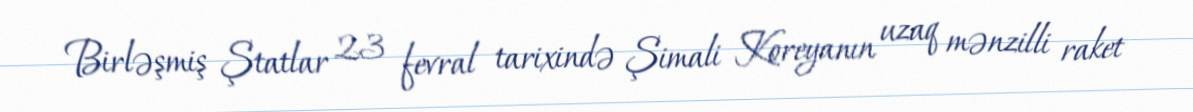
Birləşmiş Ştatlar 23 fevral tarixində Şimali Koreyanın uzaq mənzilli raket